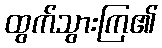
ထွက်သွားကြ၏